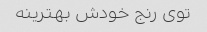
توی رنج خودش بهترینه